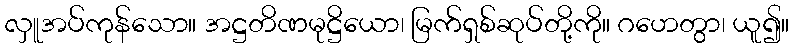
လှူအပ်ကုန်သော။ အဋ္ဌတိဏမုဋ္ဌိယော၊ မြက်ရှစ်ဆုပ်တို့ကို။ ဂဟေတွာ၊ ယူ၍။